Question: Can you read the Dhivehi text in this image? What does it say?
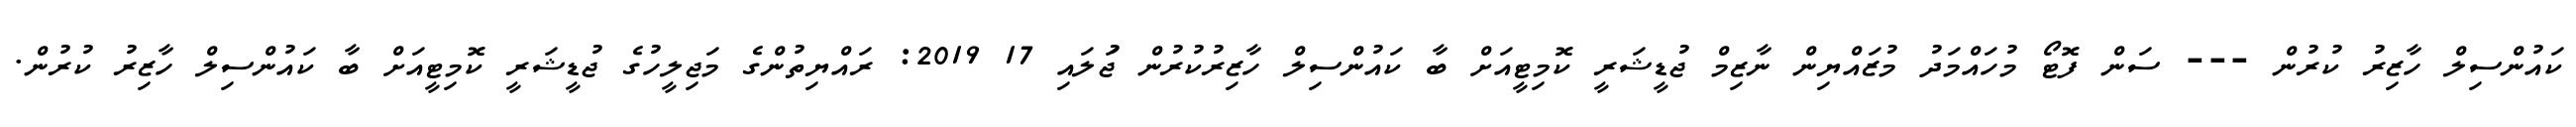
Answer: ކައުންސިލް ހާޒިރު ކުރުން --- ސަން ފޮޓޯ މުހައްމަދު މުޒައްޔިން ނާޒިމް ޖުޑީޝަރީ ކޮމިޓީއަށް ބާ ކައުންސިލް ހާޒިރުކުރުން ޖުަލައި 17 2019: ރައްޔިތުންގެ މަޖިލީހުގެ ޖުޑީޝަރީ ކޮމިޓީއަށް ބާ ކައުންސިލް ހާޒިރު ކުރުން.